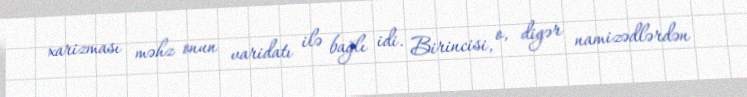
xarizması məhz onun varidatı ilə bağlı idi. Birincisi, o, digər namizədlərdən